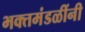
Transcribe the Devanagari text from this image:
भक्तमंडळींनी